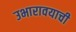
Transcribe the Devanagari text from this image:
उभारावयाची